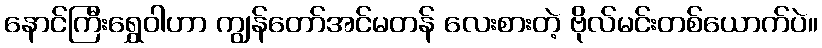
နောင်ကြီးရွှေဝါဟာ ကျွန်တော်အင်မတန် လေးစားတဲ့ ဗိုလ်မင်းတစ်ယောက်ပဲ။